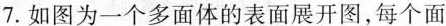
7.如图为一个多面体的表面展开图，每个面